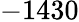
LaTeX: -1430